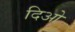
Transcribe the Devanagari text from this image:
दिओ